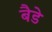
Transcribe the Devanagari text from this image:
बैडे